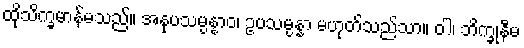
ထိုသိက္ခမာန်မသည်။ အနုပသမ္ပန္နာဝ၊ ဥပသမ္ပန္နာ မဟုတ်သည်သာ။ ဝါ၊ ဘိက္ခုနီမ